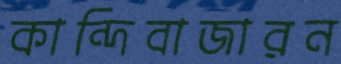
কান্দিবাজারন